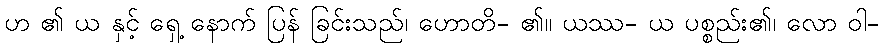
ဟ ၏ ယ နှင့် ရှေ့ နောက် ပြန် ခြင်းသည်၊ ဟောတိ- ၏။ ယဿ- ယ ပစ္စည်း၏၊ လော ဝါ-